Report of the Indian Hemp Drugs Commission, 1894-1895 - Volume V
Year: 1894
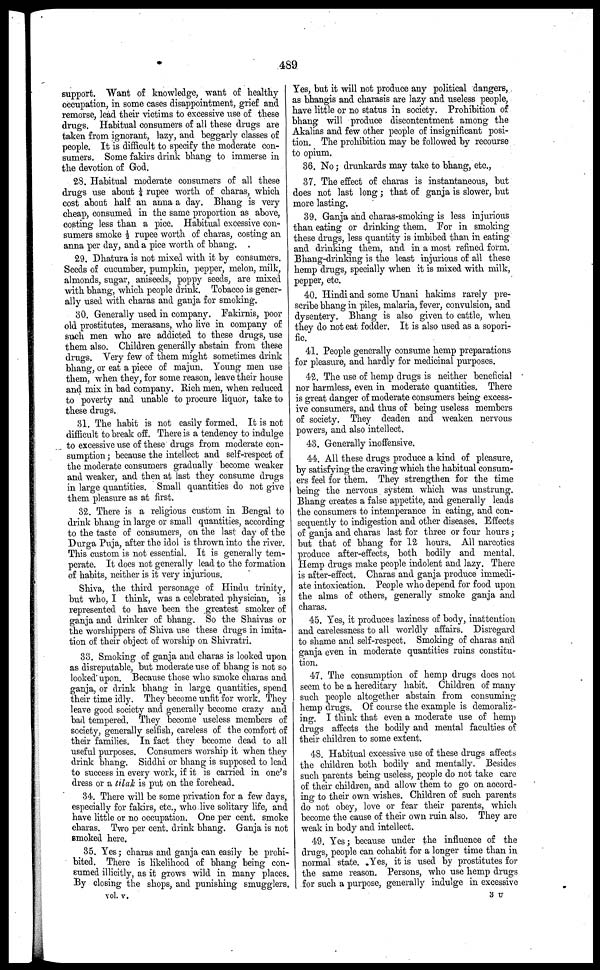
4S9
support. Want of knowledge, want of healthy
occupation, in some cases disappointment, grief and
remorse, lead their victims to excessive use of these
drug's. Habitual consumers of all these drugs are
taken from ignorant, lazy, and beggarly classes of
people. It is difficult to specify the moderate con-
sumers. Some fakirs drink bhang to immerse in
the devotion of God.
28. Habitual moderate consumers of all these
drugs use about ¼ rupee worth of charas, which
cost about half an anna a day. Bhang is very
cheap, consumed in the same proportion as above,
costing less than a pice. Habitual excessive con-
sumers smoke ½ rupee worth of charas, costing an
anna per day, and a pice worth of bhang.
29. Dhatura is not mixed with it by consumers.
Seeds of cucumber, pumpkin, pepper, melon, milk,
almonds, sugar, aniseeds, poppy seeds, are mixed
with bhang, which people drink. Tobacco is gener-
ally used with charas and ganja for smoking.
30. Generally used in company. Fakirnis, poor
old prostitutes, merasans, who live in company of
such men who are addicted to these drugs, use
them also. Children generally abstain from these
drugs. Very few of them might sometimes drink
bhang, or eat a piece of majun. Young men use
them, when they, for some reason, leave their house
and mix in bad company. Rich men , when reduced
to poverty and unable to procure liquor, take to
these drugs.
31. The habit is not easily formed. It is not
difficult to break off. There is a tendency to indulge
to excessive use of these drugs from moderate con-
sumption; because the intellect and self-respect of
the moderate consumers gradually become weaker
and weaker, and then at last they consume drugs
in large quantities. Small quantities do not give
them pleasure as at first.
32. There is a religious custom in Bengal to
drink bhang in large or small quantities, according
to the taste of consumers, on the last day of the
Durga Puja, after the idol is thrown into the river.
This custom is not essential. It is generally tem-
perate. It does not generally lead to the formation
of habits, neither is it very injurious.
Shiva, the third personage of Hindu trinity,
but who, I think, was a celebrated physician, is
represented to have been the greatest smoker of
ganja and drinker of bhang. So the Shaivas or
the worshippers of Shiva use these drugs in imita-
tion of their object of worship on Shivratri.
33. Smoking of ganja and charas is looked upon
as disreputable, but moderate use of bhang is not so
looked upon. Because those who smoke charas and
ganja, or drink bhang in large quantities, spend
their time idly. They become unfit for work. They
leave good society and generally become crazy and
bad tempered. They become useless members of
society, generally selfish, careless of the comfort of
their families. In fact they become dead to all
useful purposes. Consumers worship it when they
drink bhang. Siddhi or bhang is supposed to lead
to success in every work, if it is carried in one's
dress or a tilak is put on the forehead.
84. There will be some privation for a few days,
especially for fakirs, etc., who live solitary life, and
have little or no occupation. One per cent. smoke
charas. Two per cent. drink bhang. Ganja is not
smoked here.
35. Yes; charas and ganja can easily be prohi-
bited. There is likelihood of bhang being con-
sumed illicitly, as it grows wild in many places.
By closing the shops, and punishing smugglers,
vol. v.
Yes, but it will not produce any political dangers,
as bhangis and charasis are lazy and useless people,
have little or no status in society. Prohibition of
bhang will produce discontentment among the
Akalias and few other people of insignificant posi-
tion. The prohibition may be followed by recourse
to opium.
36. No; drunkards may take to bhang, etc.,
37. The effect of charas is instantaneous, but
does not last long; that of ganja is slower, but
more lasting.
39. Ganja and charas-smoking is less injurious
than eating or drinking them. For in smoking
these drugs, less quantity is imbibed than in eating
and drinking them, and in a most refined form.
Bhang-drinking is the least injurious of all these
hemp drugs, specially when it is mixed with milk,
pepper, etc.
40. Hindi and some Unani hakims rarely pre-
scribe bhang in piles, malaria, fever, convulsion, and
dysentery. Bhang is also given to cattle, when
they do not eat fodder. It is also used as a sopori-
fic.
41. People generally consume hemp preparations
for pleasure, and hardly for medicinal purposes.
42. The use of hemp drugs is neither beneficial
nor harmless, even in moderate quantities. There
is great danger of moderate consumers being excess-
ive consumers, and thus of being useless members
of society. They deaden and weaken nervous
powers, and also intellect.
43. Generally inoffensive.
44. All these drugs produce a kind of pleasure,
by satisfying the craving which the habitual consum-
ers feel for them. They strengthen for the time
being the nervous system which was unstrung.
Bhang creates a false appetite, and generally leads
the consumers to intemperance in eating, and con-
sequently to indigestion and other diseases. Effects
of ganja and charas last for three or four hours ;
but that of bhang for 12 hours. All narcotics
produce after-effects, both bodily and mental.
Hemp drugs make people indolent and lazy. There
is after-effect. Charas and ganja produce immedi-
ate intoxication. People who depend for food upon
the alms of others, generally smoke ganja and
charas.
45. Yes, it produces laziness of body, inattention
and carelessness to all worldly affairs. Disregard
to shame and self-respect. Smoking of charas and
ganja even in moderate quantities ruins constitu-
tion.
47. The consumption of hemp drugs does not
seem to be a hereditary habit. Children of many
such people altogether abstain from consuming
hemp drugs. Of course the example is demoraliz-
ing. I think that even a moderate use of hemp
drugs affects the bodily and mental faculties of
their children to some extent.
48. Habitual excessive use of these drugs affects
the children both bodily and mentally. Besides
such parents being useless, people do not take care
of their children, and allow them to go on accord-
ing to their own wishes. Children of such parents
do not obey, love or fear their parents, which
become the cause of their own ruin also. They are
weak in body and intellect.
49. Yes; because under the influence of the
drugs, people can cohabit for a longer time than in
normal state. Yes, it is used by prostitutes for
the same reason. Persons, who use hemp drugs
for such a purpose, generally indulge in excessive
3 U